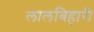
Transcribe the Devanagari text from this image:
लालबिहारी